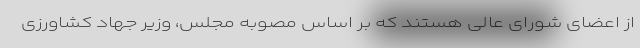
از اعضای شورای عالی هستند که بر اساس مصوبه مجلس، وزیر جهاد کشاورزی